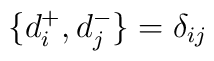
\{ d_{i}^{+} , d_{j}^{-} \} = \delta_{ij}